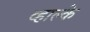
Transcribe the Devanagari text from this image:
व्हाल्के